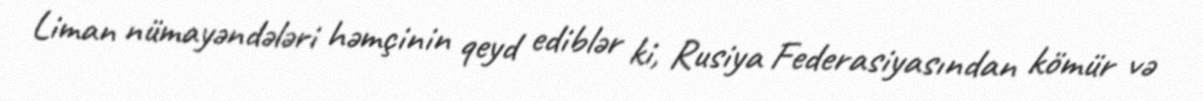
Liman nümayəndələri həmçinin qeyd ediblər ki, Rusiya Federasiyasından kömür və